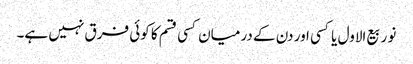
نو ربیع الاول یا کسی اور دن کے درمیان کسی قسم کا کوئی فرق نہیں ہے۔